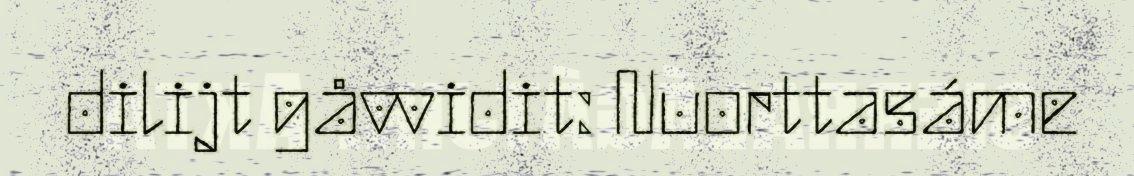
dilijt gåvvidit: Nuorttasáme